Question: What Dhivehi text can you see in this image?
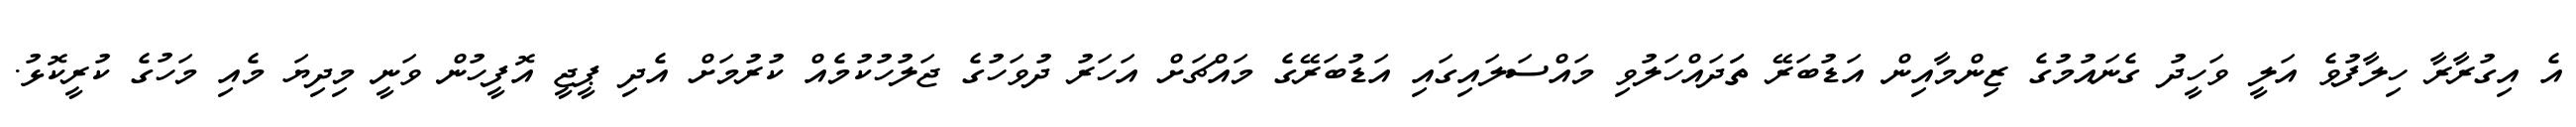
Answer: އެ އިގުރާރާ ހިލާފުވެ އަލީ ވަހީދު ގެނައުމުގެ ޒިންމާއިން އަޑުބަރޭ ތަަދައްހަލުވި މައްސަލައިގައި އަޑުބަރޭގެ މައްޗަށް އަހަރު ދުވަހުގެ ޖަލުހުކުމެއް ކުރުމަށް އެދި ޕީޖީ އޮފީހުން ވަނީ މިދިޔަ މެއި މަހުގެ ކުރީކޮޅު.